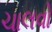
ચાલવો